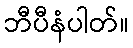
ဘီပီနံပါတ်။